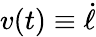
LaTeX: v(t)\equiv\dot{\ell}